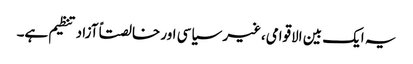
یہ ایک بین الاقوامی،غیر سیاسی اور خالصتاً آزاد تنظیم ہے۔